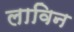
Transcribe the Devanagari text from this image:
लाविन